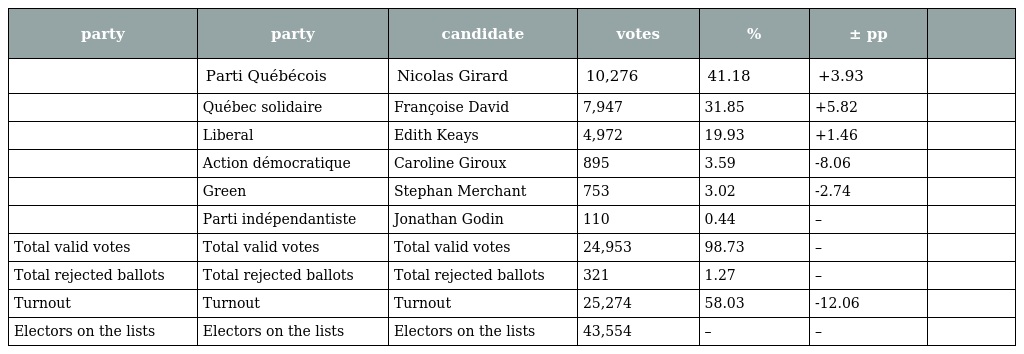
| party | party | candidate | votes | % | ± pp |  |
 | --- | --- | --- | --- | --- | --- | --- |
 |  | Parti Québécois | Nicolas Girard | 10,276 | 41.18 | +3.93 |  |
 |  | Québec solidaire | Françoise David | 7,947 | 31.85 | +5.82 |  |
 |  | Liberal | Edith Keays | 4,972 | 19.93 | +1.46 |  |
 |  | Action démocratique | Caroline Giroux | 895 | 3.59 | -8.06 |  |
 |  | Green | Stephan Merchant | 753 | 3.02 | -2.74 |  |
 |  | Parti indépendantiste | Jonathan Godin | 110 | 0.44 | – |  |
 | Total valid votes | Total valid votes | Total valid votes | 24,953 | 98.73 | – |  |
 | Total rejected ballots | Total rejected ballots | Total rejected ballots | 321 | 1.27 | – |  |
 | Turnout | Turnout | Turnout | 25,274 | 58.03 | -12.06 |  |
 | Electors on the lists | Electors on the lists | Electors on the lists | 43,554 | – | – |  |